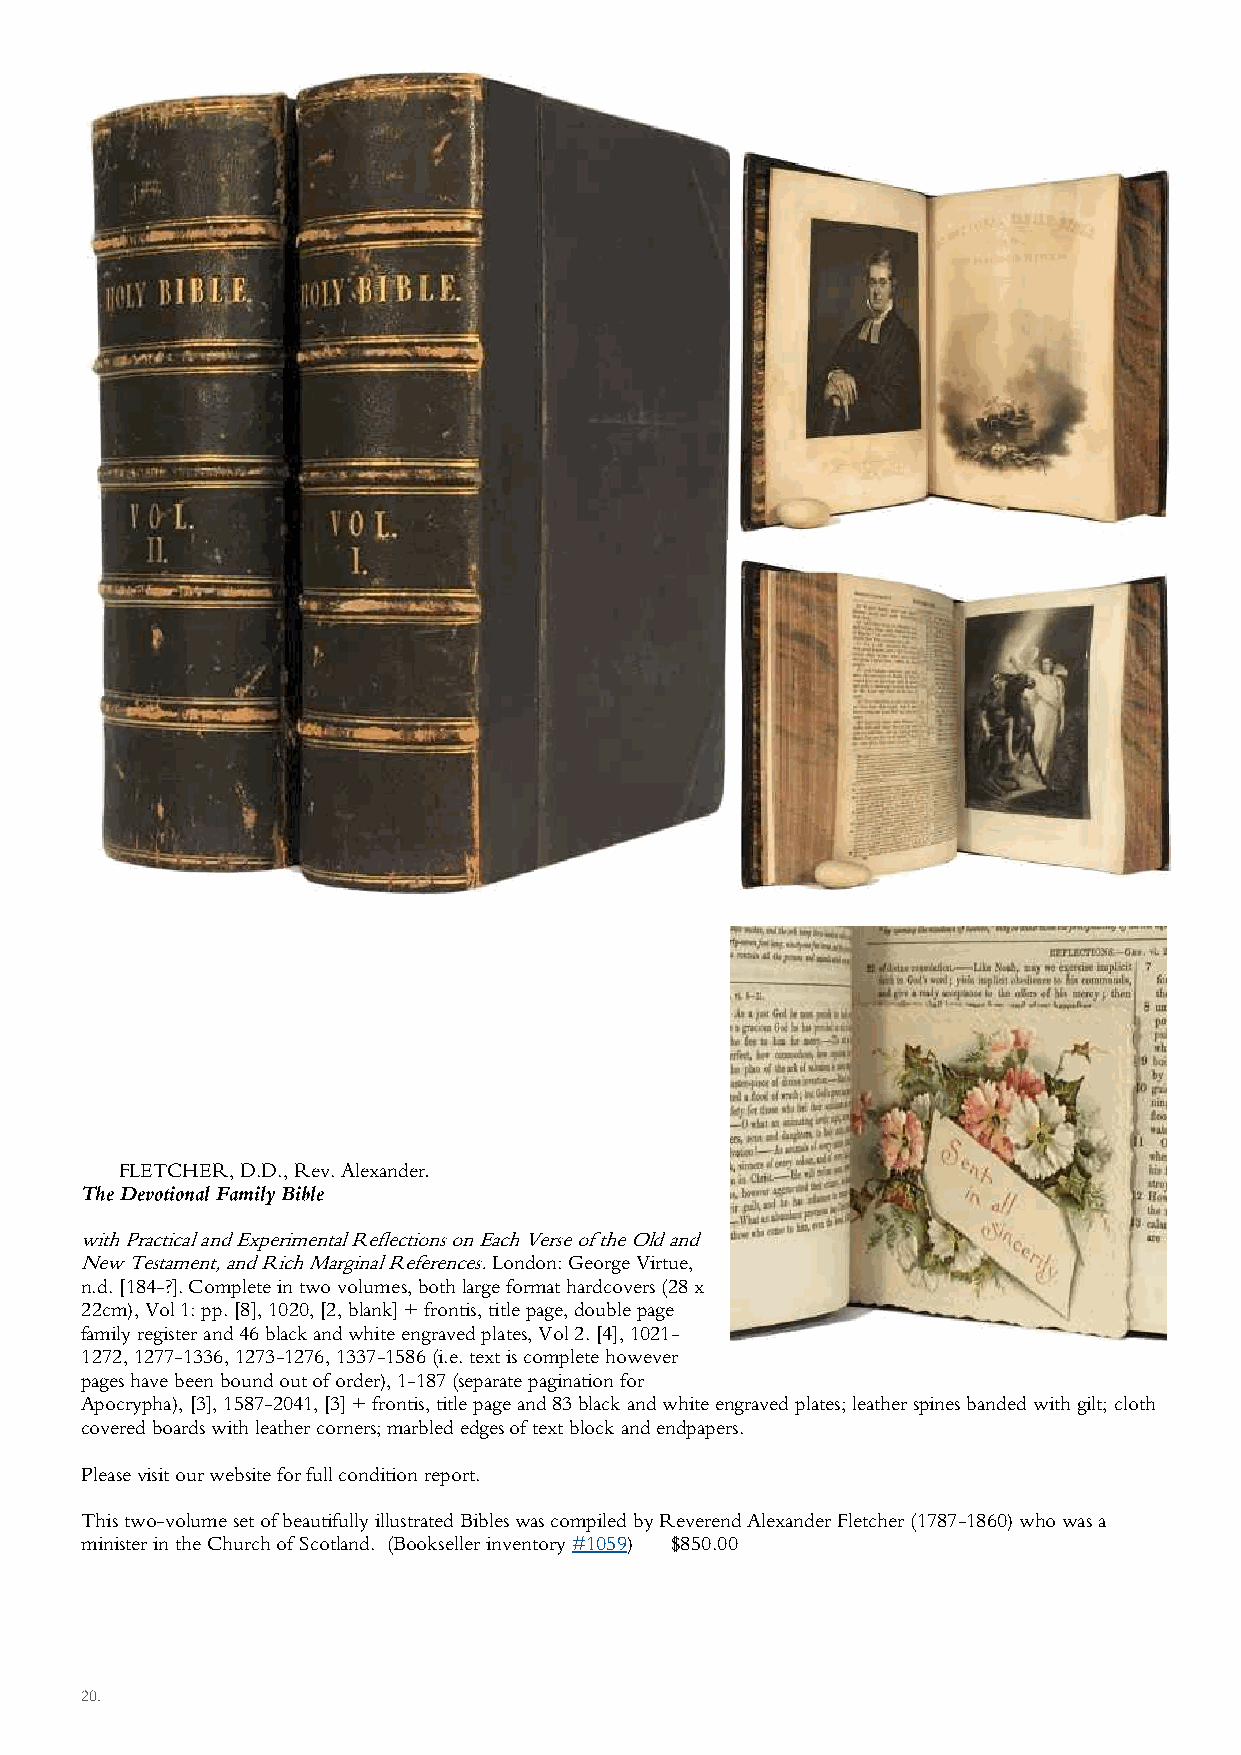
FLETCHER, D.D., Rev. Alexander.
 The Devotional Family Bible
 with Practical and Experimental Reflections on Each Verse of the Old and
 New Testament, and Rich Marginal References. London: George Virtue,
 n.d. [184-?]. Complete in two volumes, both large format hardcovers (28 x
 22cm), Vol 1: pp. [8], 1020, [2, blank] + frontis, title page, double page
 family register and 46 black and white engraved plates, Vol 2. [4], 1021-
 1272, 1277-1336, 1273-1276, 1337-1586 (i.e. text is complete however
 pages have been bound out of order), 1-187 (separate pagination for
 Apocrypha), [3], 1587-2041, [3] + frontis, title page and 83 black and white engraved plates; leather spines banded with gilt; cloth
 covered boards with leather corners; marbled edges of text block and endpapers.
 Please visit our website for full condition report.
 This two-volume set of beautifully illustrated Bibles was compiled by Reverend Alexander Fletcher (1787-1860) who was a
 minister in the Church of Scotland. (Bookseller inventory #1059) $850.00
 20.